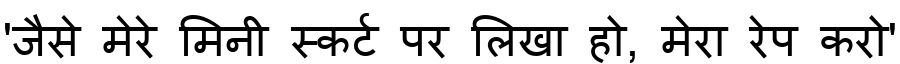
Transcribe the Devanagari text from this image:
'जैसे मेरे मिनी स्कर्ट पर लिखा हो, मेरा रेप करो'